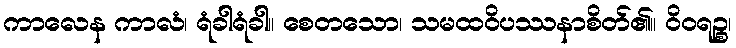
ကာလေန ကာလံ၊ ရံခါရံခါ။ စေတသော၊ သမထဝိပဿနာစိတ်၏။ ဝိဝရဉ္စ၊